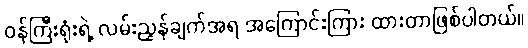
ဝန်ကြီးရုံးရဲ့ လမ်းညွှန်ချက်အရ အကြောင်းကြား ထားတာဖြစ်ပါတယ်။